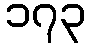
၁၇၃